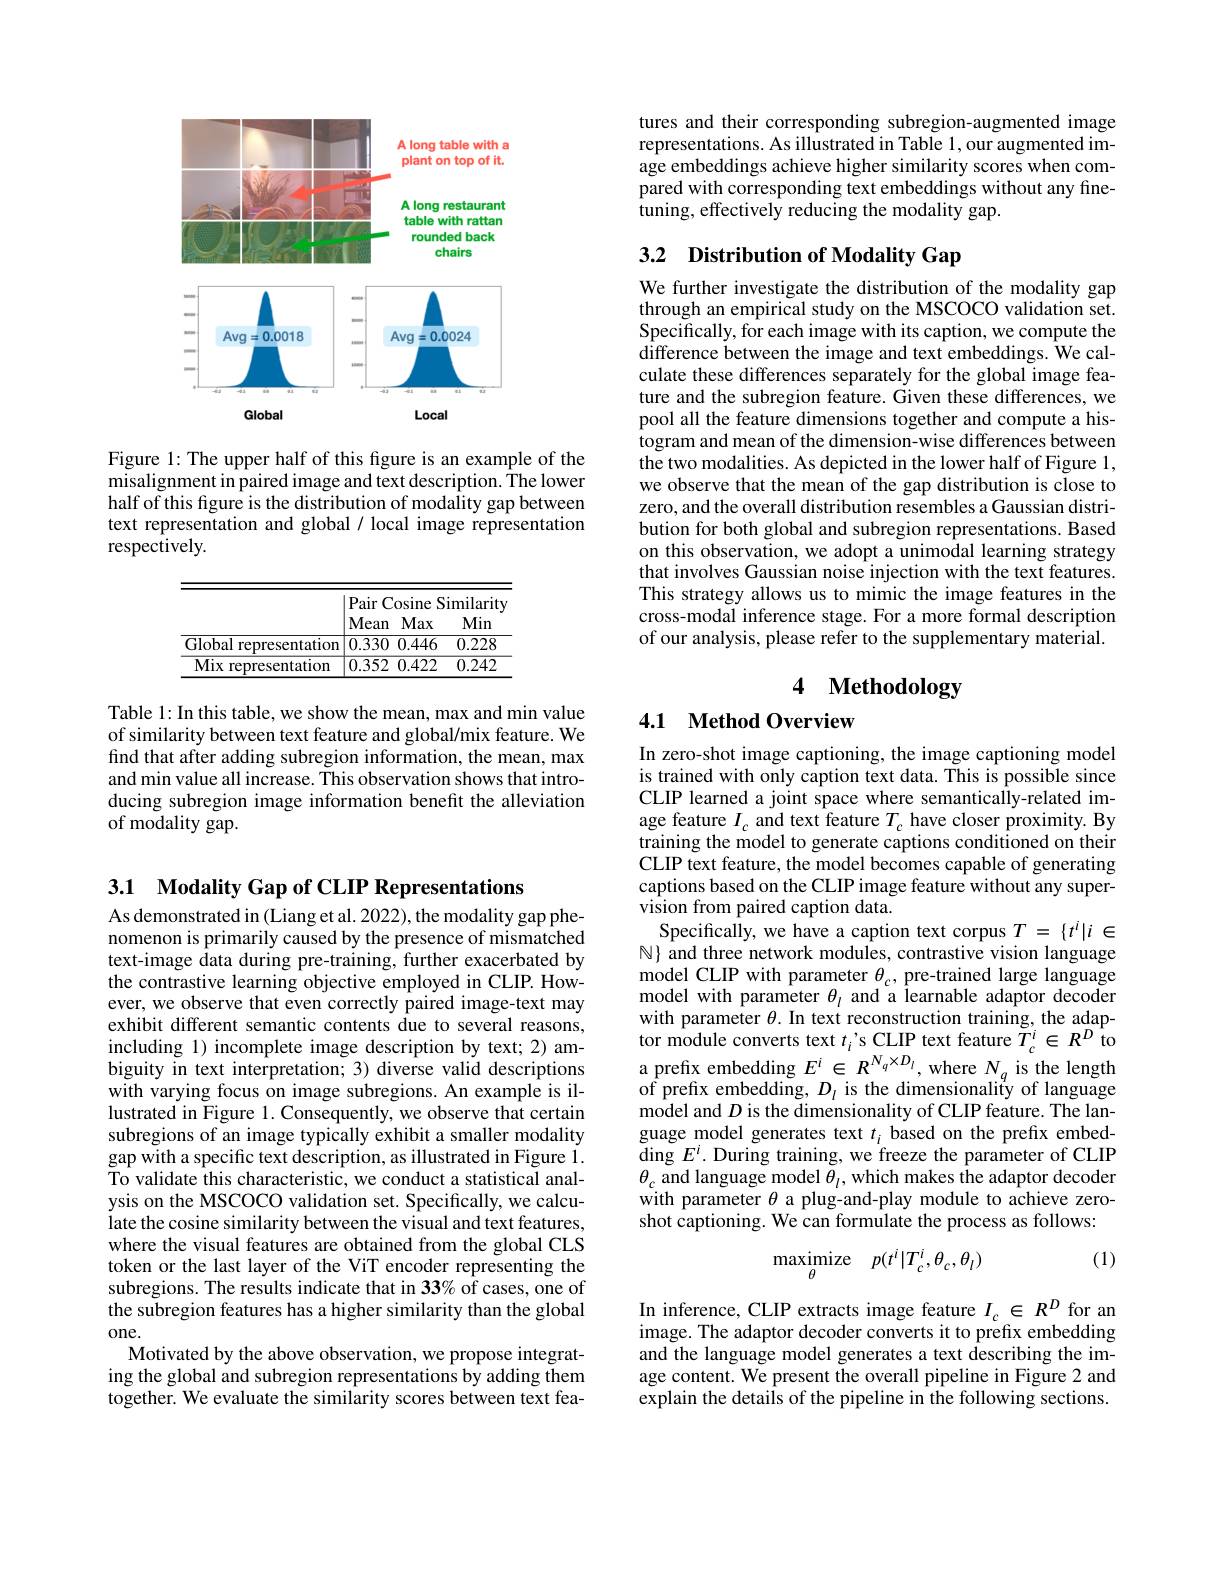
3.1 Modality Gap of CLIP Representations
As demonstrated in (Liang et al. 2022), the modality gap phenomenon is primarily caused by the presence of mismatched text-image data during pre-training, further exacerbated by the contrastive learning objective employed in CLIP. However, we observe that even correctly paired image-text may exhibit different semantic contents due to several reasons, including 1) incomplete image description by text; 2) ambiguity in text interpretation; 3) diverse valid descriptions with varying focus on image subregions. An example is illustrated in Figure 1. Consequently, we observe that certain subregions of an image typically exhibit a smaller modality gap with a specific text description, as illustrated in Figure 1. To validate this characteristic, we conduct a statistical analysis on the MSCOCO validation set. Specifically, we calculate the cosine similarity between the visual and text features, where the visual features are obtained from the global CLS token or the last layer of the ViT encoder representing the subregions. The results indicate that in 33% of cases, one of the subregion features has a higher similarity than the global one.
Motivated by the above observation, we propose integrating the global and subregion representations by adding them together. We evaluate the similarity scores between text fea-

<FigureHere>

Figure 1: The upper half of this figure is an example of the misalignment in paired image and text description. The lower half of this figure is the distribution of modality gap between text representation and global / local image representation respectively.

<table>
	<tbody>
		<tr>
			<th> </th>
			<th>Pair Cosine S Mean Max</th>
			<th>imilarity Min</th>
		</tr>
		<tr>
			<td>Global representation</td>
			<td>0.330 0.446</td>
			<td>0.228</td>
		</tr>
		<tr>
			<td>Mix representation</td>
			<td>0.352 0.422</td>
			<td>0.242</td>
		</tr>
	</tbody>
</table>

Table 1: In this table, we show the mean, max and min value of similarity between text feature and global/mix feature. We find that after adding subregion information, the mean, max and min value all increase. This observation shows that introducing subregion image information benefit the alleviation of modality gap.

tures and their corresponding subregion-augmented image representations. As illustrated in Table 1, our augmented image embeddings achieve higher similarity scores when compared with corresponding text embeddings without any fine- $\hat{\text{tuning, effectively reducing the modality gap.}}$

# 3.2 Distribution of Modality Gap

We further investigate the distribution of the modality gap through an empirical study on the MSCOCO validation set. Specifically, for each image with its caption, we compute the difference between the image and text embeddings. We calculate these differences separately for the global image feature and the subregion feature. Given these differences, we pool all the feature dimensions together and compute a histogram and mean of the dimension-wise differences between the two modalities. As depicted in the lower half of Figure 1, we observe that the mean of the gap distribution is close to zero, and the overall distribution resembles a Gaussian distribution for both global and subregion representations. Based on this observation, we adopt a unimodal learning strategy that involves Gaussian noise injection with the text features. This strategy allows us to mimic the image features in the cross-modal inference stage. For a more formal description of our analysis, please refer to the supplementary material.

# 4 Methodology

## 4.1 Method Overview

In zero-shot image captioning, the image captioning model is trained with only caption text data. This is possible since CLIP learned a joint space where semantically-related image feature $I_c$ and text feature $T_c$ have closer proximity. By training the model to generate captions conditioned on their CLIP text feature, the model becomes capable of generating captions based on the CLIP image feature without any supervision from paired caption data.
Specifically, we have a caption text corpus $T=\{t^{i}|i\in$ $\mathbb{N}$ and three network modules, contrastive vision language model CLIP with parameter $\theta_c$, pre-trained large language model with parameter $\theta_l$ and a learnable adaptor decoder with parameter $\theta.$ In text reconstruction training, the adaptor module converts text $t_i’$s CLIP text feature $\tilde{T}_{c}^{i}\in R^{D}$ to $\begin{array}{l}{\text{a prefix embedding }E^{i}\in R^{N_{q}\times D_{l}},\mathrm{where~}N_{q}}\\{\text{of prefix embedding, }D_{l}\mathrm{~is~the~dimensionality~of~language}}\end{array}$ model and $D$ is the dimensionality of CLIP feature. The language model generates text $t_i$ based on the prefix embed- $\operatorname{ding}E^{i}.$ During training, we freeze the parameter of CLIP $\theta_{c}$ and language model $\tilde\theta_l$, which makes the adaptor decoder with parameter $\theta$ a plug-and-play module to achieve zeroshot captioning. We can formulate the process as follows:

(1)
$$\max_\theta\mathrm{imize}\quad p(t^i|T_c^i,\theta_c,\theta_l)$$
In inference, CLIP extracts image feature $I_c\in R^D$ for an image. The adaptor decoder converts it to prefix embedding and the language model generates a text describing the image content. We present the overall pipeline in Figure 2 and explain the details of the pipeline in the following sections.